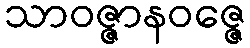
သာဝဇ္ဇာနဝဇ္ဇေ